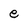
Character: e